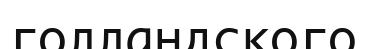
голландского